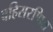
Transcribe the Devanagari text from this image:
बहिसरणित